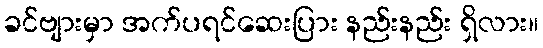
ခင်ဗျားမှာ အက်ပရင်ဆေးပြား နည်းနည်း ရှိလား။